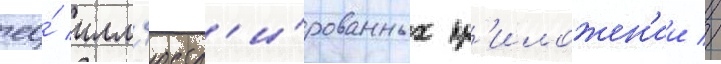
ео́ илл'юстр'и́рованных пр'иложен'ии //